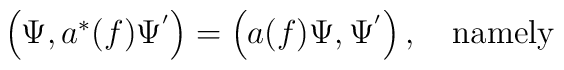
\begin{array}{c}\left( \Psi ,a^{*}(f)\Psi ^{^{\prime }}\right) =\left( a(f)\Psi ,\Psi^{^{\prime }}\right) ,\quad \hbox{namely}\end{array}